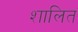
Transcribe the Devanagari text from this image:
शालित